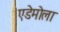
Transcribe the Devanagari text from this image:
एडेमोला